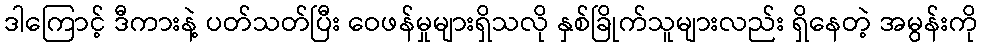
ဒါကြောင့် ဒီကားနဲ့ ပတ်သတ်ပြီး ဝေဖန်မှုများရှိသလို နှစ်ခြိုက်သူများလည်း ရှိနေတဲ့ အမွန်းကို